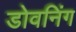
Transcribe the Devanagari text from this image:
डोवनिंग